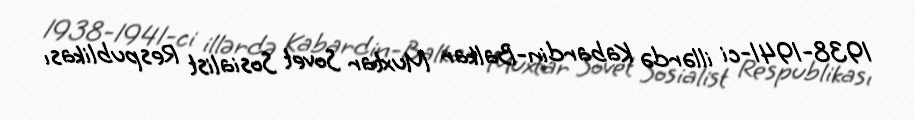
1938-1941-ci illərdə Kabardin-Balkar Muxtar Sovet Sosialist Respublikası